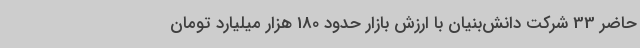
حاضر 33 شرکت دانش‌بنیان با ارزش بازار حدود 180 هزار میلیارد تومان